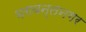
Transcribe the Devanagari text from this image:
भगवन्तनगर